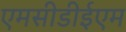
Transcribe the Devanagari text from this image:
एमसीडीईएम